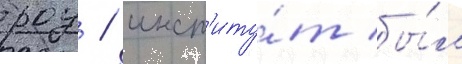
роу / инст'иту́т бы́л